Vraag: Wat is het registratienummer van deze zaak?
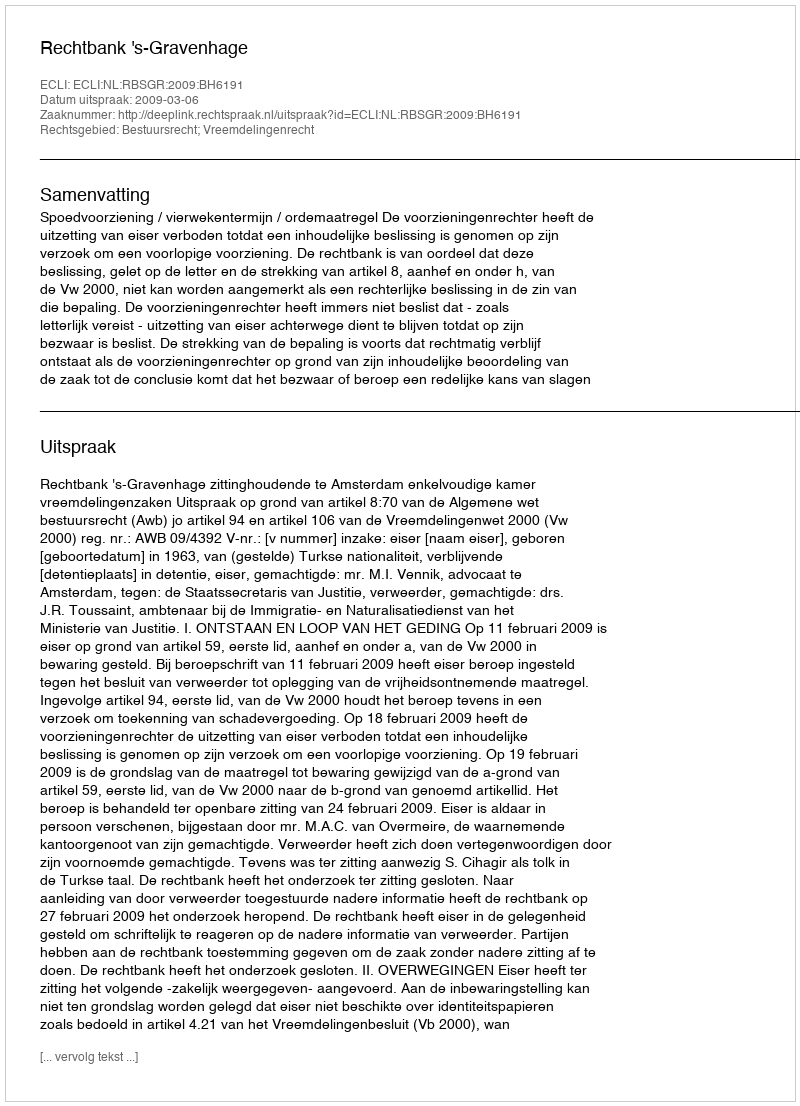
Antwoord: http://deeplink.rechtspraak.nl/uitspraak?id=ECLI:NL:RBSGR:2009:BH6191